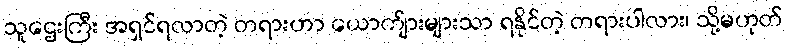
သူဌေးကြီး အရှင်ရလာတဲ့ တရားဟာ ယောက်ျားများသာ ရနိုင်တဲ့ တရားပါလား၊ သို့မဟုတ်